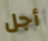
أجل